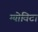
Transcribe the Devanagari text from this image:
ग्योविटा